Report on the cholera epidemic of
Year: 1868
Disease focus: Cholera
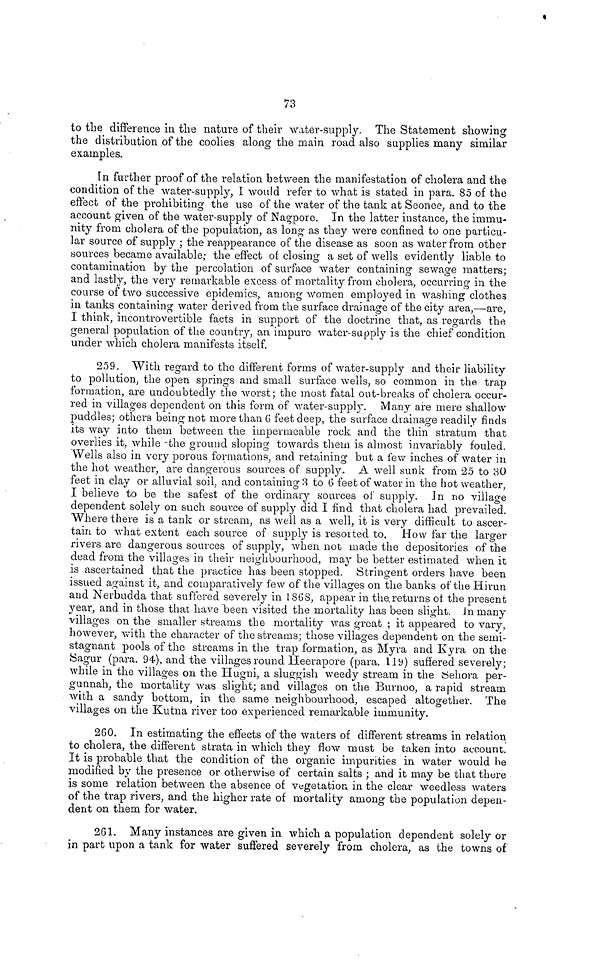
73
to the difference in the nature of their water-supply. The Statement showing
the distribution of the coolies along the main road also supplies many similar
examples.
Γη further proof of the relation between the manifestation of cholera and the
condition of the water-supply, I would refer to what is stated in para. 85 of the
effect of the prohibiting the use of the water of the tank at Seonee, and to the
account given of the water-supply of Nagpore. In the latter instance, the immu-
nity from cholera of the population, as long as they were confined to one particu-
lar source of supply ; the reappearance of the disease as soon as water from other
sources became available; the effect of closing a set of wells evidently liable to
contamination by the percolation of surface water containing sewage matters;
and lastly, the very remarkable excess of mortality from cholera, occurring in the
course of two successive epidemics, among women employed in washing clothes
in tanks containing water derived from the surface drainage of the city area,—are,
I think, incontrovertible facts in support of the doctrine that, as regards the
general population of the country, an impure water-supply is the chief condition
under which cholera manifests itself.
259. With regard to the different forms of water-supply and their liability
to pollution, the open springs and small surface wells, so common in the trap
formation, are undoubtedly the worst; the most fatal out-breaks of cholera occur-
red in villages dependent on this form of water-supply. Many are mere shallow
puddles; others being not more than 6 feet deep, the surface drainage readily finds
its way into them between the impermeable rock and the thin stratum that
overlies it, while the ground sloping towards them is almost invariably fouled.
Wells also in very porous formations, and retaining but a few inches of water in
the hot weather, are dangerous sources of supply. A well sunk from 25 to 30
feet in clay or alluvial soil, and containing 3 to 6 feet of water in the hot weather,
I believe to be the safest of the ordinary sources of supply. In no village
dependent solely on such source of supply did I find that cholera had prevailed.
Where there is a tank or stream, as well as a well, it is very difficult to ascer-
tain to what extent each source of supply is resorted to, How far the larger
rivers are dangerous sources of supply, when not made the depositories of the
dead from the villages in their neighbourhood, may be better estimated when it
is ascertained that the practice has been stopped. Stringent orders have been
issued against it, and comparatively few of the villages on the banks of the Hirun
and Nerbudda that suffered severely in 1868, appear in the.returns oí the present
year, and in those that have been visited the mortality has been slight. In many
villages on the smaller streams the mortality was great ; it appeared to vary,
however, with the character of the streams; those villages dependent on the semi-
stagnant pools of the streams in the trap formation, as Myra and Kyra on the
Sagur (para. 94), and the villages round Heerapore (para. 119) suffered severely;
while in the villages on the Hugni, a sluggish weedy stream in the Oehora per-
gunnah, the mortality was slight; and villages on the Burnoo, a rapid stream
with a sandy bottom, in the same neighbourhood, escaped altogether. The
villages on the Kutna river too experienced remarkable immunity.
260. In estimating the effects of the waters of different streams in relation
to cholera, the different strata in which they flow must be taken into account.
It is probable that the condition of the organic impurities in water would he
modified by the presence or otherwise of certain salts ; and it may be that there
is some relation between the absence of vegetation, in the clear weedless waters
of the trap rivers, and the higher rate of mortality among the population depen-
dent on them for water.
261. Many instances are given in which a population dependent solely or
in part upon a tank for water suffered severely from cholera, as the towns of